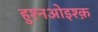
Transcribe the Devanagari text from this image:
हुश्नओइश्क़